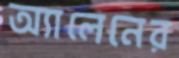
অ্যালেনের